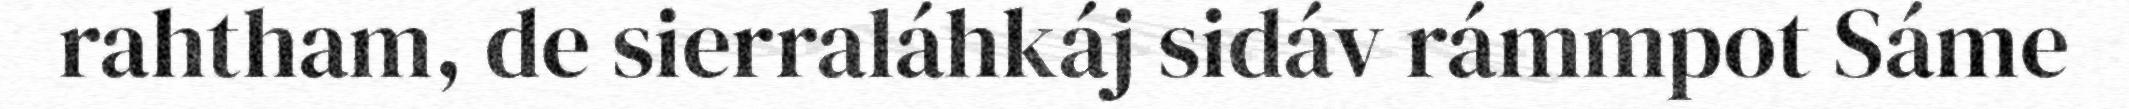
rahtham, de sierraláhkáj sidáv rámmpot Sáme